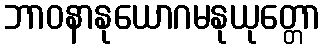
ဘာဝနာနုယောဂမနုယုတ္တော